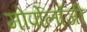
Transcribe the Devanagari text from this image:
मोर्पोलॉजी